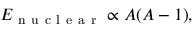
E _ { \mathrm { ~ n ~ u ~ c ~ l ~ e ~ a ~ r ~ } } \propto A ( A - 1 ) ,